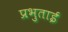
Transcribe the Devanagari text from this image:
प्रभुताई